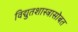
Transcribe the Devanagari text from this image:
विद्युतशास्त्रासोबत